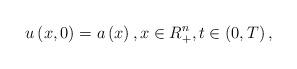
LaTeX: \begin{align*}u\left( x,0\right) =a\left( x\right) ,x\in R_{+}^{n},t\in \left( 0,T\right) , \end{align*}